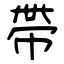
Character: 帶